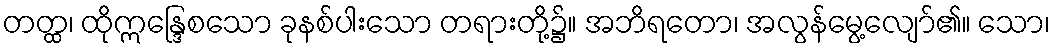
တတ္ထ၊ ထိုဣန္ဒြေစသော ခုနစ်ပါးသော တရားတို့၌။ အဘိရတော၊ အလွန်မွေ့လျော်၏။ သော၊